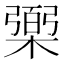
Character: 𰘱